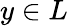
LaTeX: y\in L